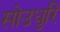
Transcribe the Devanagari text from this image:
सोउधुरि